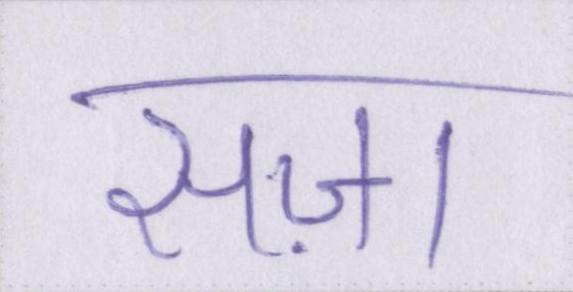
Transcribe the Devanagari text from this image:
सज़ा